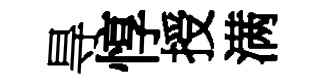
㝵惇授满